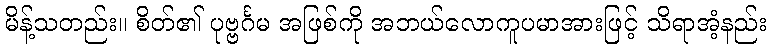
မိန့်သတည်း။ စိတ်၏ ပုဗ္ဗင်္ဂမ အဖြစ်ကို အဘယ်လောကူပမာအားဖြင့် သိရာအံ့နည်း